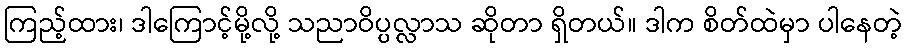
ကြည့်ထား၊ ဒါကြောင့်မို့လို့ သညာဝိပ္ပလ္လာသ ဆိုတာ ရှိတယ်။ ဒါက စိတ်ထဲမှာ ပါနေတဲ့